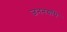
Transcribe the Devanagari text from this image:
जननग्रंथि